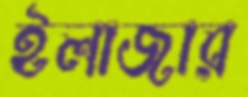
ইলাজার